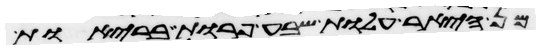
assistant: מן היאר עלות שבע פרות בריות